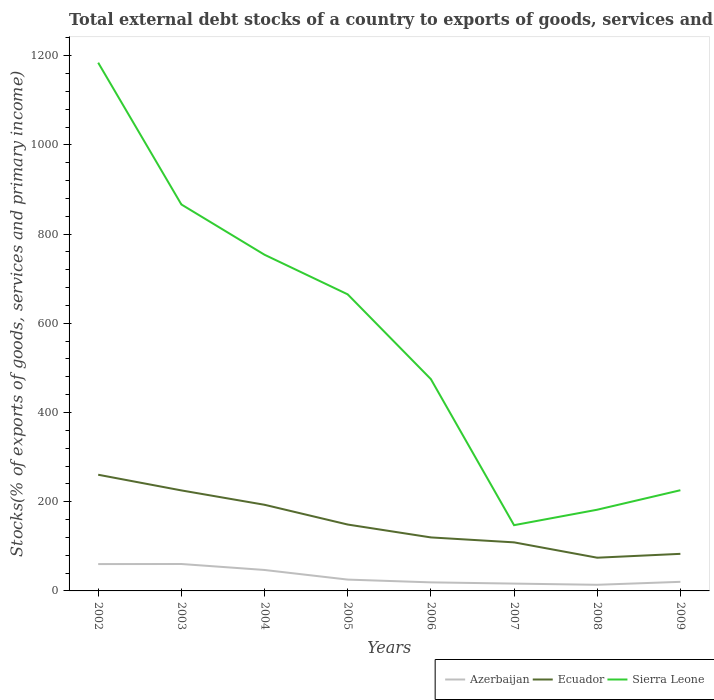
| Years | Azerbaijan | Ecuador | Sierra Leone |
 | --- | --- | --- | --- |
 | 2002 | 60.2 | 260 | 1.18e+03 |
 | 2003 | 60.4 | 225 | 866 |
 | 2004 | 47 | 193 | 754 |
 | 2005 | 25.4 | 149 | 665 |
 | 2006 | 19.2 | 120 | 475 |
 | 2007 | 16.4 | 109 | 147 |
 | 2008 | 13.7 | 74.5 | 182 |
 | 2009 | 20.4 | 83.1 | 226 |